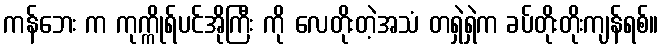
ကန်ဘေး က ကုက္ကိုရ်ပင်အိုကြီး ကို လေတိုးတဲ့အသံ တရှဲရှဲက ခပ်တိုးတိုးကျန်ရစ်။